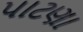
પાટણા